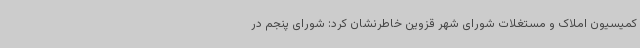
کمیسیون املاک و مستغلات شورای شهر قزوین خاطرنشان کرد: شورای پنجم در